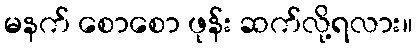
မနက် စောစော ဖုန်း ဆက်လို့ရလား။